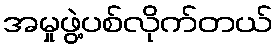
အမှုဖွဲ့ပစ်လိုက်တယ်